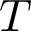
T